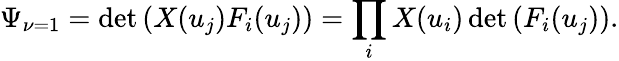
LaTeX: \Psi_{\nu=1}=\operatorname*{det}\left(X(u_{j})F_{i}(u_{j})\right)=\prod_{i}X(u_{i})\operatorname*{det}\left(F_{i}(u_{j})\right).